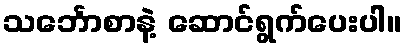
သင်္ဘောစာနဲ့ ဆောင်ရွက်ပေးပါ။